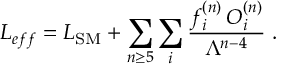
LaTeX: { \cal L } _ { e f f } = { \cal L } _ { \mathrm { S M } } + \sum _ { n \geq 5 } \sum _ { i } \frac { f _ { i } ^ { ( n ) } \, { \cal O } _ { i } ^ { ( n ) } } { \Lambda ^ { n - 4 } } \; .